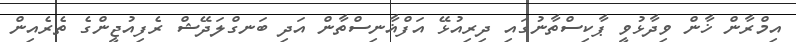
އިމްރާން ޚާން ވިދާޅުވީ ޕާކިސްތާނުގައި ދިރިއުޅޭ އަފްޣާނިސްތާން އަދި ބަނގްލަދޭޝް ރެފިއުޖީންގެ ތެރެއިން